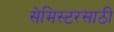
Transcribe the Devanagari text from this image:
सेमिस्टरसाठी